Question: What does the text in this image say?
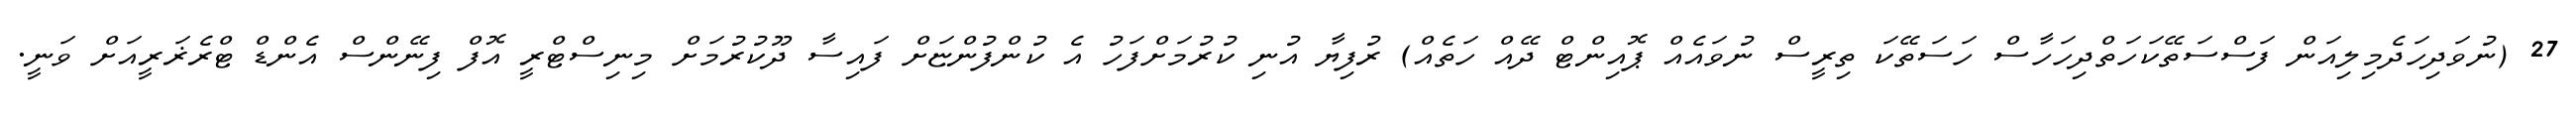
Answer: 27 (ނުވަދިހަދެމިލިއަން ފަސްސަތޭކަހަތްދިހަހާސް ހަސަތޭކަ ތިރީސް ނުވައެއް ޕޮއިންޓް ދޭއް ހަތެއް) ރުފިޔާ އުނި ކުރުމަށްފަހު އެ ކުންފުންޏަށް ފައިސާ ދޫކުރުމަށް މިނިސްޓްރީ އޮފް ފިނޭންސް އެންޑް ޓްރެޜަރީއަށް ވަނީ.